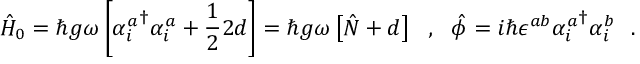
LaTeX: \hat { H } _ { 0 } = \hbar g \omega \left[ { \alpha _ { i } ^ { a } } ^ { \dagger } \alpha _ { i } ^ { a } + \frac { 1 } { 2 } 2 d \right] = \hbar g \omega \left[ \hat { N } + d \right] \ \ , \ \ \hat { \phi } = i \hbar \epsilon ^ { a b } { \alpha _ { i } ^ { a } } ^ { \dagger } \alpha _ { i } ^ { b } \ \ .